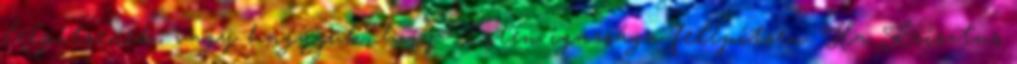
leépítsenek, vagy hagyjuk, hogy Isten igazsága felépítsen. Ha Krisztus